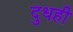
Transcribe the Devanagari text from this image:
दुधही